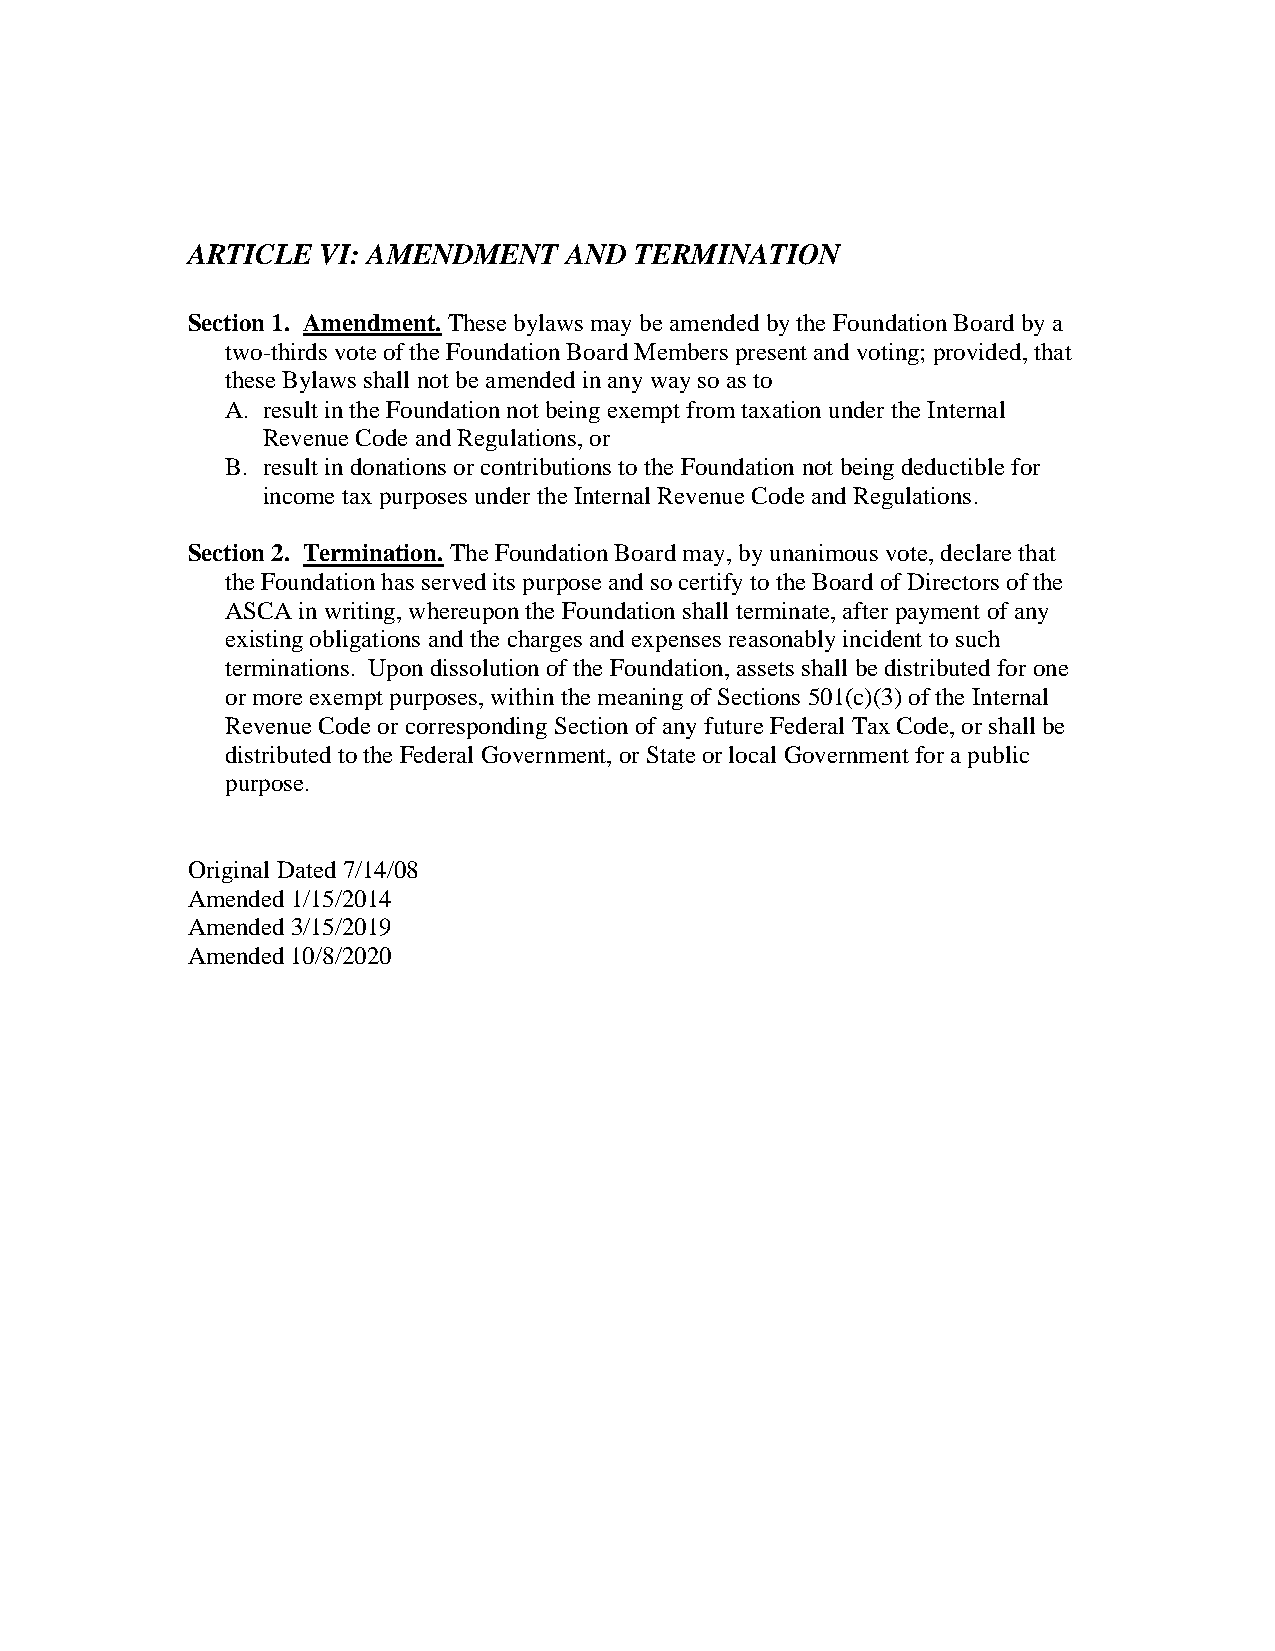
ARTICLE  VI: AMENDMENT   AND  TERMINATION
 Section 1. Amendment. These bylaws may be amended by the Foundation Board by a
 two-thirds vote of the Foundation Board Members present and voting; provided, that
 these Bylaws shall not be amended in any way so as to
 A. result in the Foundation not being exempt from taxation under the Internal
 Revenue Code and Regulations, or
 B. result in donations or contributions to the Foundation not being deductible for
 income tax purposes under the Internal Revenue Code and Regulations.
 Section 2. Termination. The Foundation Board may, by unanimous vote, declare that
 the Foundation has served its purpose and so certify to the Board of Directors of the
 ASCA in writing, whereupon the Foundation shall terminate, after payment of any
 existing obligations and the charges and expenses reasonably incident to such
 terminations. Upon dissolution of the Foundation, assets shall be distributed for one
 or more exempt purposes, within the meaning of Sections 501(c)(3) of the Internal
 Revenue Code or corresponding Section of any future Federal Tax Code, or shall be
 distributed to the Federal Government, or State or local Government for a public
 purpose.
 Original Dated 7/14/08
 Amended 1/15/2014
 Amended 3/15/2019
 Amended 10/8/2020